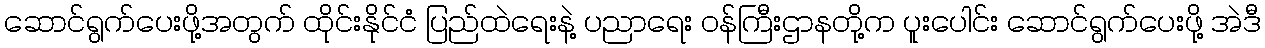
ဆောင်ရွက်ပေးဖို့အတွက် ထိုင်းနိုင်ငံ ပြည်ထဲရေးနဲ့ ပညာရေး ဝန်ကြီးဌာနတို့က ပူးပေါင်း ဆောင်ရွက်ပေးဖို့ အဲဒီ